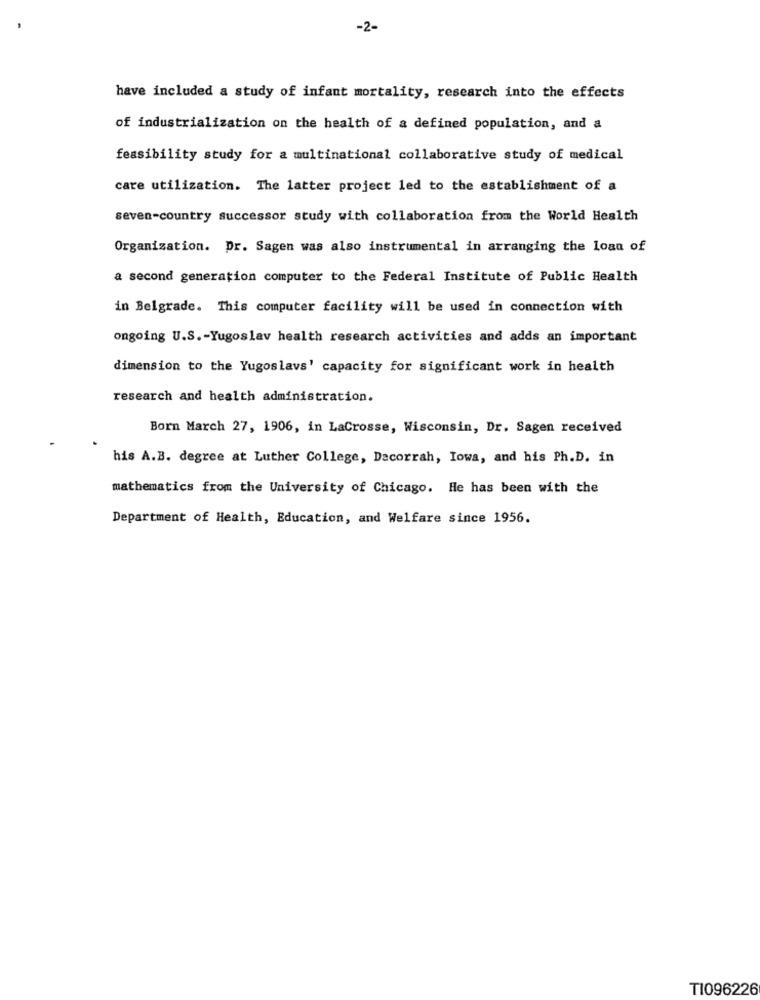
-2-
have included a study of infant mortality, research into the effects
of industrialization on the health of a defined population, and a
feasibility study for a multinational collaborative study of medical
care utilization. The latter project led to the establishment of a
seven-country successor study with collaboration from the World Health
Organization. Dr. Sagen was also instrumental in arranging the loan of
a second generation computer to the Federal Institute of Public Health
in Belgrade. This computer facility will be used in connection with
ongoing U.S .- Yugoslav health research activities and adds an important
dimension to the Yugoslavs' capacity for significant work in health
research and health administration.
Born March 27, 1906, in LaCrosse, Wisconsin, Dr. Sagen received
his A.B. degree at Luther College, Dacorrah, Iowa, and his Ph.D. in
mathematics from the University of Chicago. He has been with the
Department of Health, Education, and Welfare since 1956.
T1096226